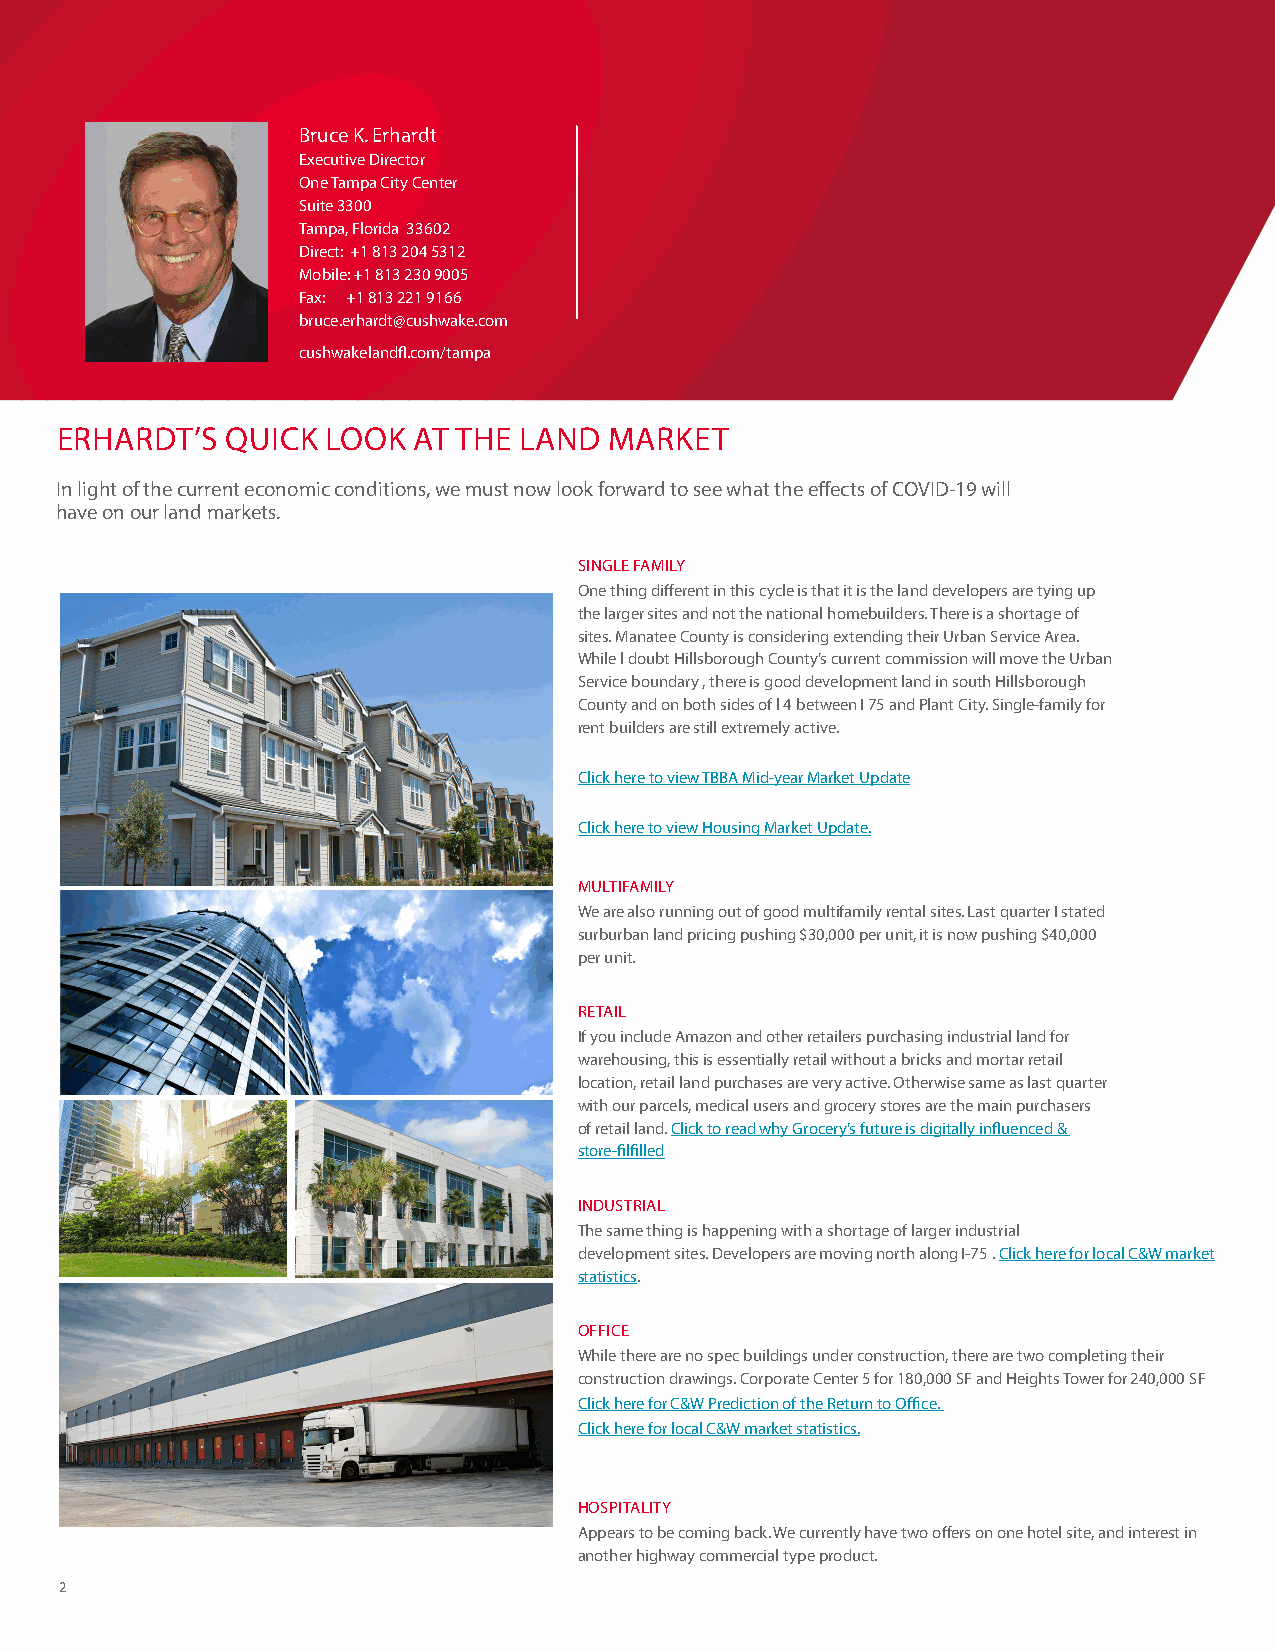
ERHARDT’S TAMPA BAY LAND MARKET OVERVIEW
 Bruce K� Erhardt
 Executive Director
 One Tampa City Center
 Suite 3300
 Tampa, Florida 33602
 Direct: +1 813 204 5312
 Mobile: +1 813 230 9005
 Fax: +1 813 221 9166
 bruce�erhardt@cushwake�com
 cushwakelandfl�com/tampa
 ERHARDT’S  QUICK  LOOK AT THE LAND  MARKET
 In light of the current economic conditions, we must now look forward to see what the effects of COVID-19 will
 have on our land markets�
 SINGLE FAMILY
 TOhnee tfhoinllgo dwiffinergen rte ipn rtehisse cnyctlse eisx tcheatr pit tiss tfhreo lman d developers are tying up
 the larger sites and not the national homebuilders� There is a shortage of
 sites� Manatee County is considering extending their Urban Service Area�
 While l doubt Hillsborough County’s current commission will move the Urban
 Service boundary , there is good development land in south Hillsborough
 County and on both sides of l 4 between I 75 and Plant City� Single-family for
 rent builders are still extremely active�
 Click here to view TBBA Mid-year Market Update
 Click here to view Housing Market Update�
 MULTIFAMILY
 We are also running out of good multifamily rental sites� Last quarter I stated
 surburban land pricing pushing $30,000 per unit, it is now pushing $40,000
 per unit�
 RETAIL
 If you include Amazon and other retailers purchasing industrial land for
 warehousing, this is essentially retail without a bricks and mortar retail
 location, retail land purchases are very active� Otherwise same as last quarter
 with our parcels, medical users and grocery stores are the main purchasers
 of retail land� Click to read why Grocery’s future is digitally influenced &
 store-filfilled
 INDUSTRIAL
 The same thing is happening with a shortage of larger industrial
 development sites� Developers are moving north along I-75 � Click here for local C&W market
 statistics�
 OFFICE
 While there are no spec buildings under construction, there are two completing their
 construction drawings� Corporate Center 5 for 180,000 SF and Heights Tower for 240,000 SF
 Click here for C&W Prediction of the Return to Office�
 Click here for local C&W market statistics�
 HOSPITALITY
 Appears to be coming back� We currently have two offers on one hotel site, and interest in
 another highway commercial type product�
 2